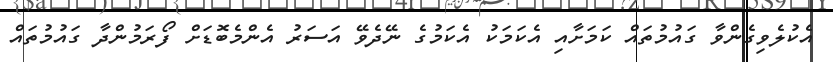
އެކުލެވިގެންވާ ގައުމުތައް ކަމަށާއި އެކަމަކު އެކަމުގެ ނޭދެވޭ އަސަރު އެންމެބޮޑަށް ފޯރަމުންދާ ގައުމުތައް